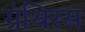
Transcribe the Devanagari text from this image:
ग्रंथिरस